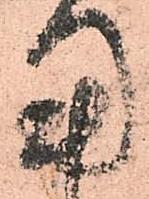
用